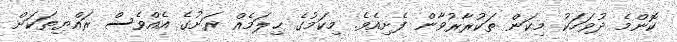
ކޮންމެ ދުވަހަކު މިކަން ތަކުރާރުވާން ފެށިއެވެ. މިކަމުގެ ޙިލަމެއް ރަށުގެ އެއްވެސް ރައްޔިތަކަށް